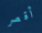
أقصر